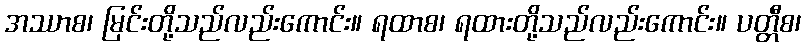
အဿာစ၊ မြင်းတို့သည်လည်းကောင်း။ ရထာစ၊ ရထားတို့သည်လည်းကောင်း။ ပတ္တီစ၊